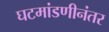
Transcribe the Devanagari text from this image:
घटमांडणीनंतर